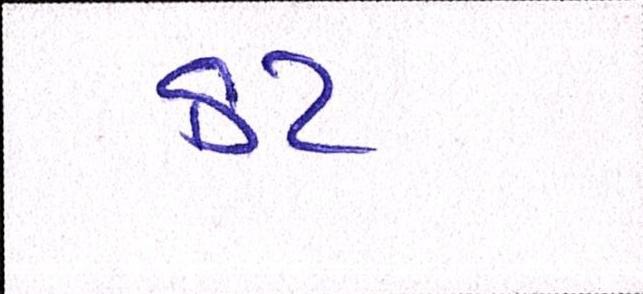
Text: કટ